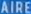
AIRE